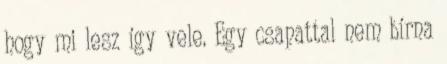
hogy mi lesz így vele. Egy csapattal nem bírna